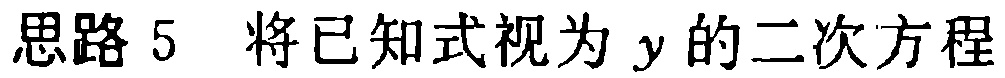
思路 5 将已知式视为 \(y\) 的二次方程